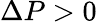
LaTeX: \Delta P>0